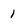
Character: 1